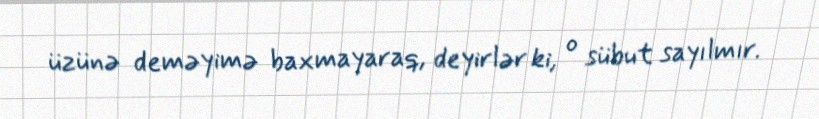
üzünə deməyimə baxmayaraq, deyirlər ki, o sübut sayılmır.